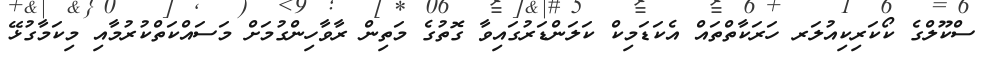
ސްކޫލްގެ ކޯކަރިކިއުލަރ ހަރަކާތްތައް އެކަޑަމިކް ކަލަންޑަރުގައިވާ ގޮތުގެ މަތިން ރާވާހިންގުމަށް މަސައްކަތްކުރުމާއި މިކަމާގުޅޭ